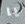
يا